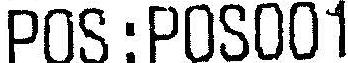
POS:POS001